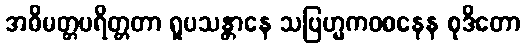
အဓိမတ္တပရိတ္တတာ ရူပသန္တာနေ သဗြဟ္မကဝစနေန စုဒိတော